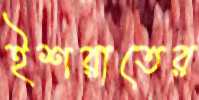
ইশরাতের